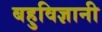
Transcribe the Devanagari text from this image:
बहुविज्ञानी